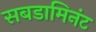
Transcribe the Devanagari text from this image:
सबडामिनंट